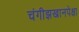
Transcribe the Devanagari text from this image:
चंगीझखानपेक्षा